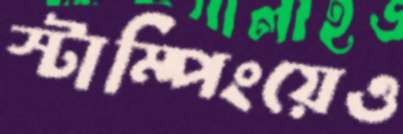
স্টাম্পিংয়েও